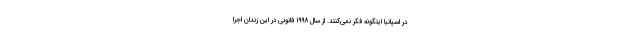
در اسپانیا اینگونه فکر نمی‌کنند. از سال ۱۹۹۸ قانونی در این زندان اجرا